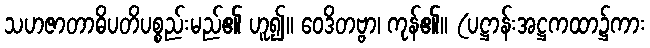
သဟဇာတာဓိပတိပစ္စည်းမည်၏ ဟူ၍။ ဝေဒိတဗ္ဗာ၊ ကုန်၏။ (ပဋ္ဌာန်းအဋ္ဌကထာ၌ကား